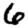
Digit: 6